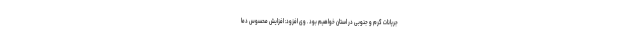
جریانات گرم و جنوبی در استان خواهیم بود . وی افزود: افزایش محسوس دما